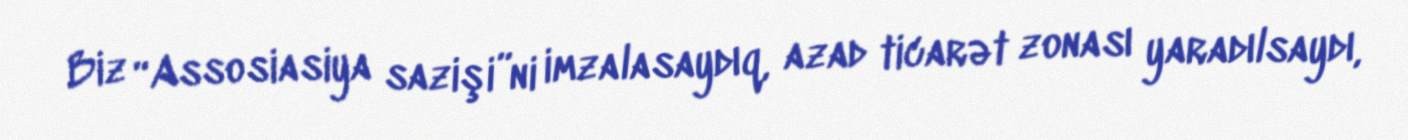
Biz “Assosiasiya sazişi”ni imzalasaydıq, azad ticarət zonası yaradılsaydı,